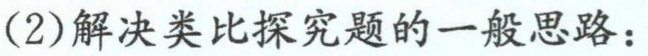
(2)解决类比探究题的一般思路：